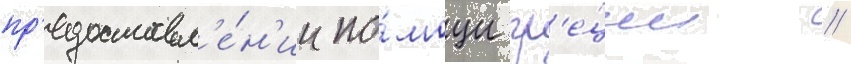
пр'едоставл'е́н'ии по́мощи гр'е́ции /